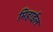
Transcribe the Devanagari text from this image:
मिहाईल